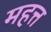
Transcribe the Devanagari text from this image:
महत्त